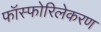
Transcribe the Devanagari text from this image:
फॉस्फोरिलेकरण